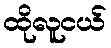
ထိုလူငယ်